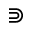
\Supset